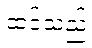
ထင်သည်